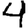
Digit: 4